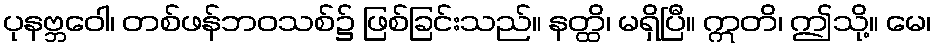
ပုနဗ္ဘဝေါ၊ တစ်ဖန်ဘဝသစ်၌ ဖြစ်ခြင်းသည်။ နတ္ထိ၊ မရှိပြီ။ ဣတိ၊ ဤသို့။ မေ၊